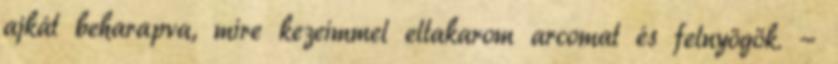
ajkát beharapva, mire kezeimmel eltakarom arcomat és felnyögök. -